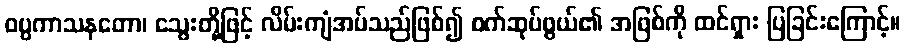
ဝပ္ပကာသနတော၊ သွေးတို့ဖြင့် လိမ်းကျံအပ်သည်ဖြစ်၍ စက်ဆုပ်ဖွယ်၏ အဖြစ်ကို ထင်ရှား ပြခြင်းကြောင့်။